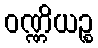
ဝဏ္ဏိယဉ္စ